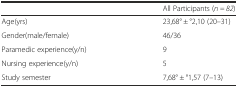
<table><thead><tr><td></td><td><b>All Participants (<i>n = 82</i>)</b></td></tr></thead><tbody><tr><td>Age(yrs)</td><td>23,68° ± °2,10 (20–31)</td></tr><tr><td>Gender(male/female)</td><td>46/36</td></tr><tr><td>Paramedic experience(y/n)</td><td>9</td></tr><tr><td>Nursing experience(y/n)</td><td>5</td></tr><tr><td>Study semester</td><td>7,68° ± °1,57 (7–13)</td></tr></tbody></table>